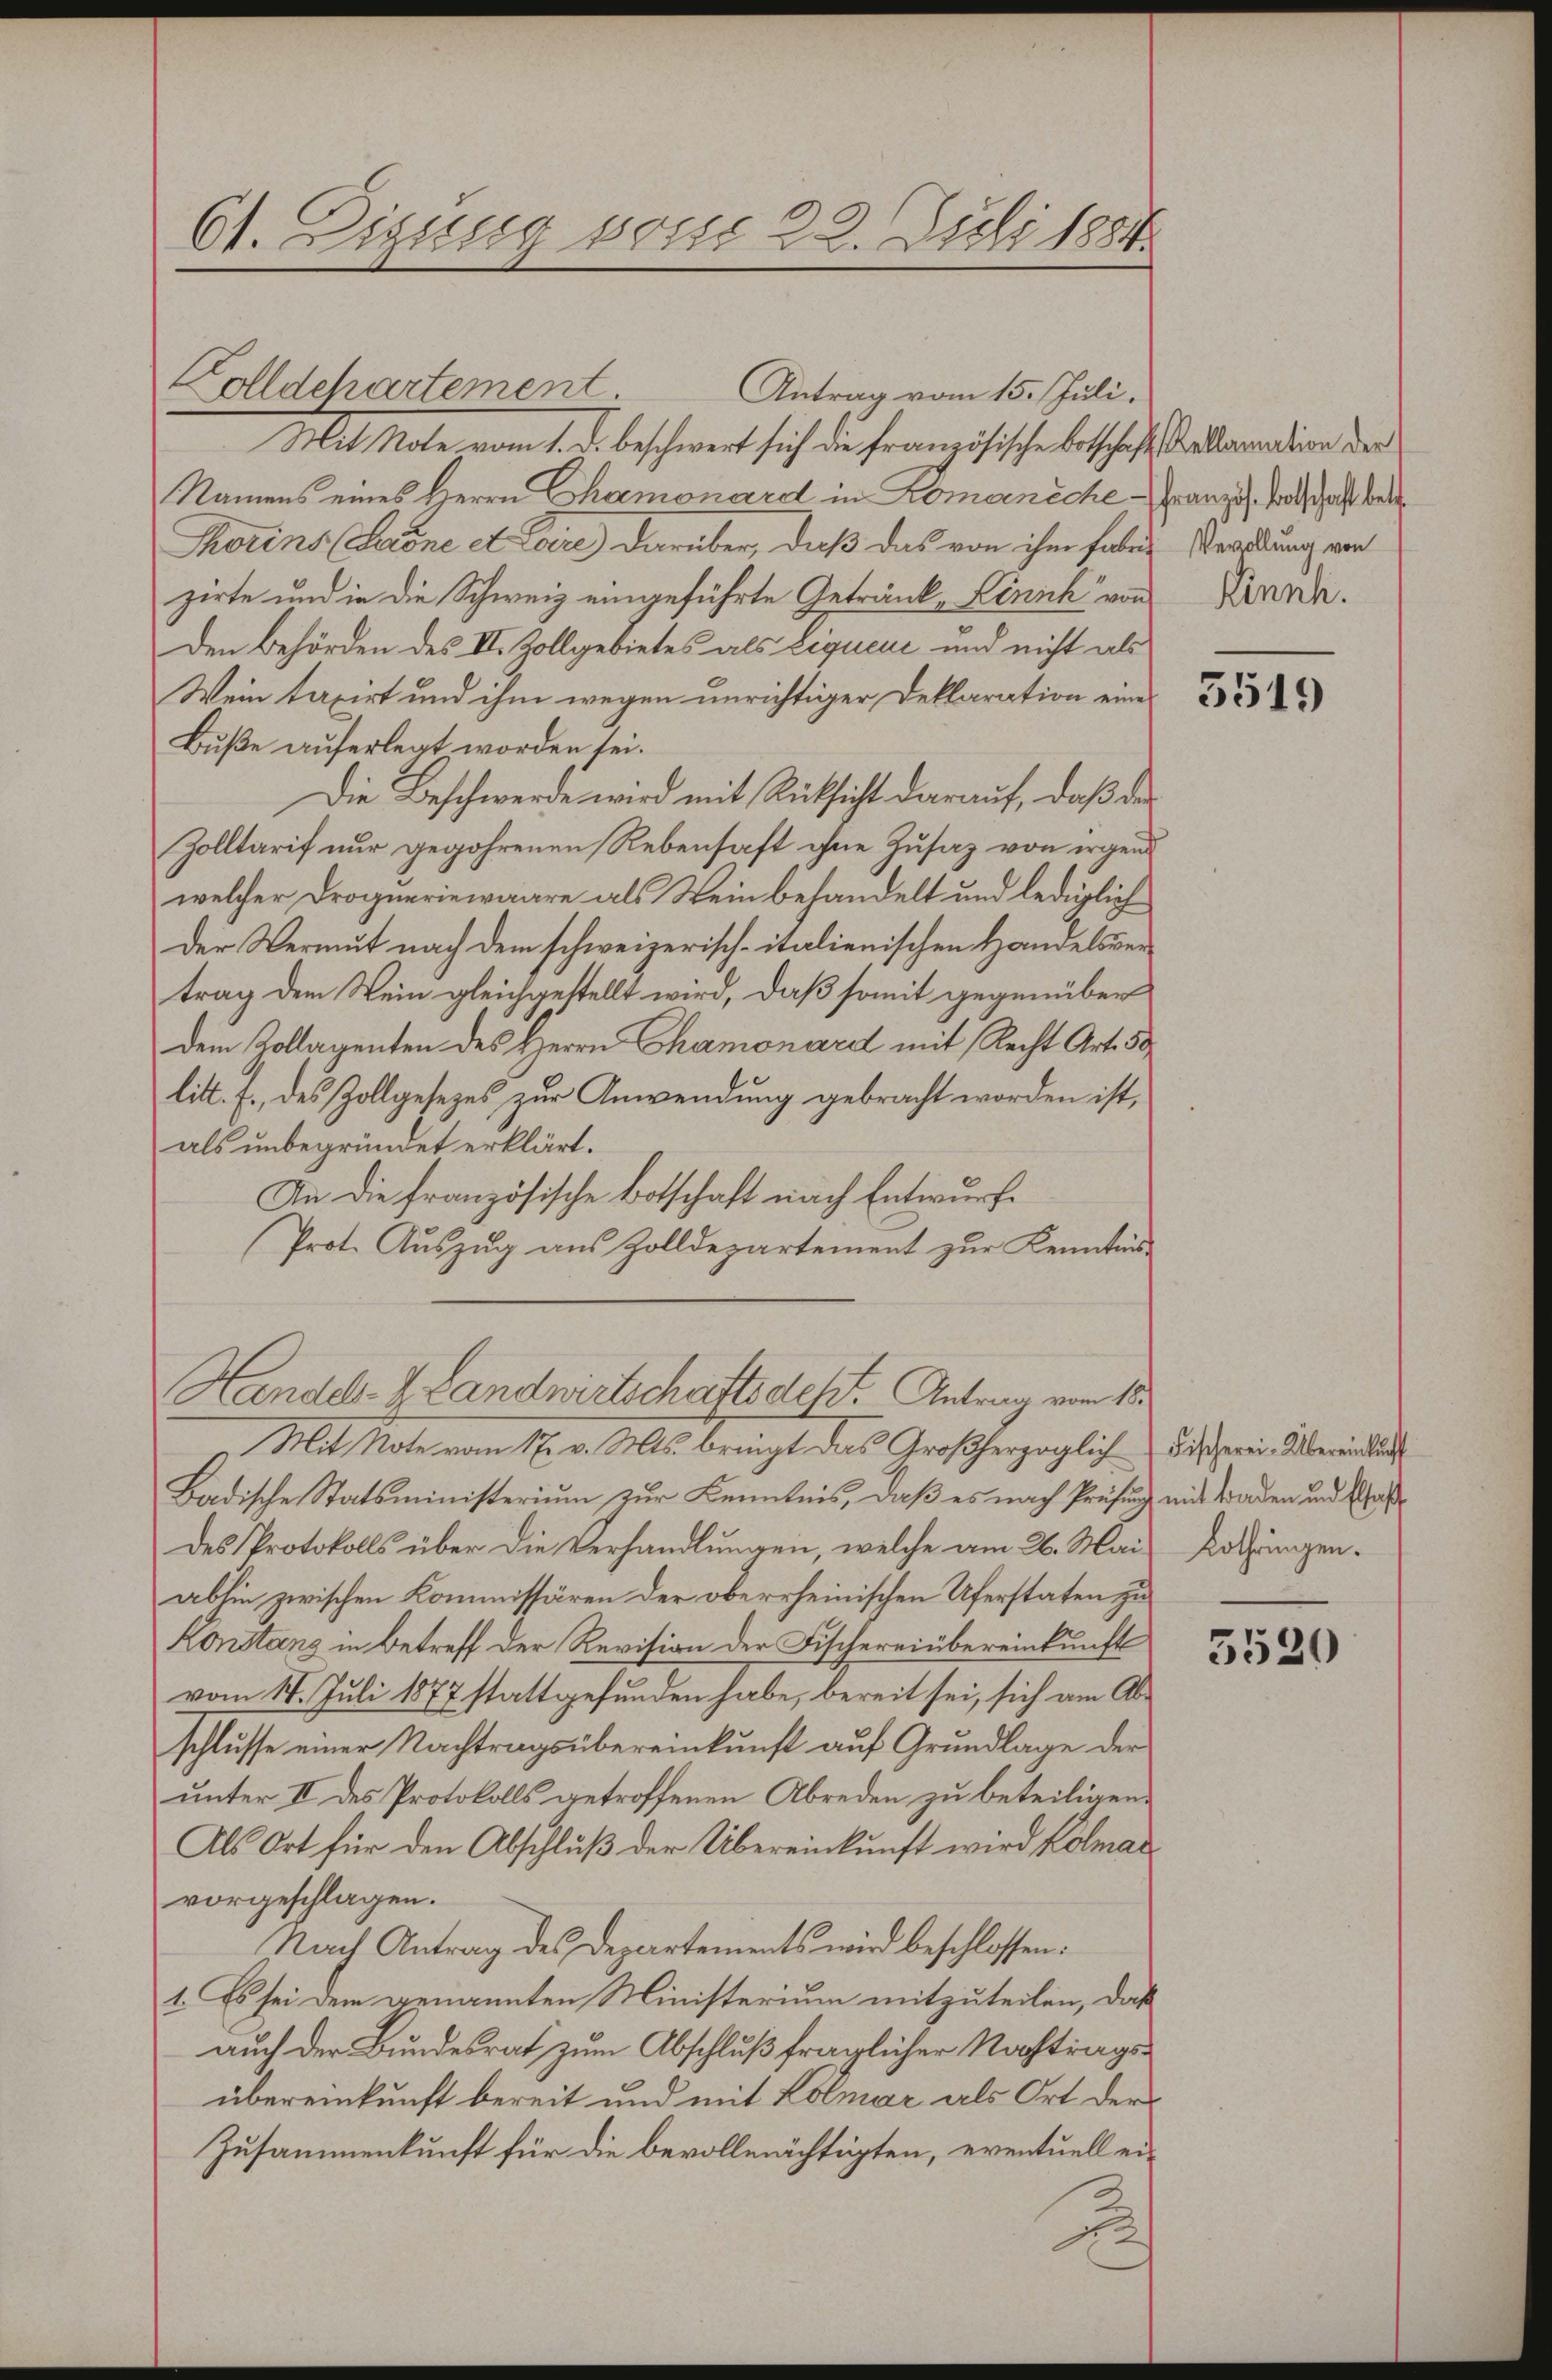
61. Digung von 22. Juli 1884.

Colldehartement

Mit Mote vom 1. d. beschwert sich die französische Botschaft alleration der
Namens eines Herrn Chamonard in Komarniche Französ. Botschaft betr
Thorins (Köne et Lare) darüber, daß das von ihm habe Verödung von
zirte und in die Schweiz eingeführte Getränk, Lenich“ von
Den Behörden des II. Zollgebietes als Liquere und nicht als
Wein taxirt und ihm wegen unrichtiger Deklaration eine
Buße auferlegt worden sei.
Die Beschwerde wird mit Rücksicht darauf, daß des
Zolltarif nur gegehrenen Rebensaft ohne Zusaz von irgend
welcher Drogueriewaare als Wein behandelt und lediglich
Der Vermut nach dem schweizerisch-italienischen Handelsvertrag dem Wein gleichgestellt wird, daß somit gegenüber
dem Zollagenten des Herrn Chamonard mit Recht Art. 50
litt. f., des Zollgesezes zur Anwendung gebracht worden ist,
als unbegründet erklärt.
An die französische Botschaft nach Entwurf
Prot. Auszug aus Zolldepartement zur Kenntnis
Handel- & Landwirtschaftsdest. Antrag vom 15.
Mit Mate vom 16. v. Mts. bringt, das Großherzoglich
Badische Statsministerium zur Kenntnis, daß es nach Prüfung mit Baden und Waßdes Protokolls über die Verhandlungen, welche am 26. Mai
abhin zwischen Kommissären der oberrheinischen Uferstaten zu
Konstanz in Betreff der Revision der Fischereinbereinkunft
vom 17. Juli 1877 stattgefunden habe, bereit sei, sich am Abschlusse einer Nachtragsübereinkunft auf Grundlage der
unter II des Protokolls getroffenen Abreden zu beteiligen.
Als Ort für den Abschluß der Übereinkunft wird Kölmar
vorgeschlagen.
Nach Antrag des Departements wird beschlossen:
1. Es sei dem genannten Ministerium mitzuteilen, daß
auch der Bundesrat zum Abschluß fraglicher Nachtragsübereinkunft bereit und mit Kolmar als Ort der
Zusammenkunft für die bevollmächtigten, eventuell ei¬
2

Antrag vom 15. Juli.

Kinnh.

5519

Fischerei-Übereinkunf
Lothringen.

5520